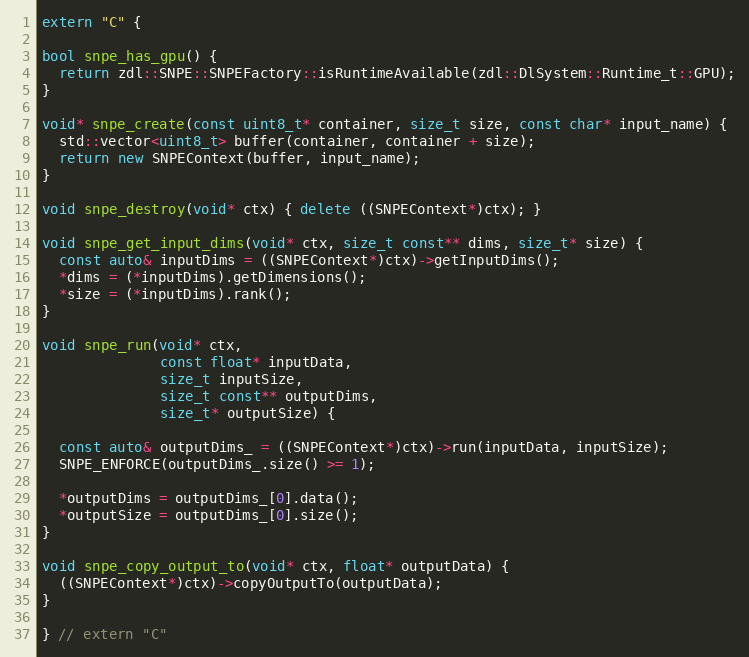
Language: C++
extern "C" {

bool snpe_has_gpu() {
  return zdl::SNPE::SNPEFactory::isRuntimeAvailable(zdl::DlSystem::Runtime_t::GPU);
}

void* snpe_create(const uint8_t* container, size_t size, const char* input_name) {
  std::vector<uint8_t> buffer(container, container + size);
  return new SNPEContext(buffer, input_name);
}

void snpe_destroy(void* ctx) { delete ((SNPEContext*)ctx); }

void snpe_get_input_dims(void* ctx, size_t const** dims, size_t* size) {
  const auto& inputDims = ((SNPEContext*)ctx)->getInputDims();
  *dims = (*inputDims).getDimensions();
  *size = (*inputDims).rank();
}

void snpe_run(void* ctx,
              const float* inputData,
              size_t inputSize,
              size_t const** outputDims,
              size_t* outputSize) {

  const auto& outputDims_ = ((SNPEContext*)ctx)->run(inputData, inputSize);
  SNPE_ENFORCE(outputDims_.size() >= 1);

  *outputDims = outputDims_[0].data();
  *outputSize = outputDims_[0].size();
}

void snpe_copy_output_to(void* ctx, float* outputData) {
  ((SNPEContext*)ctx)->copyOutputTo(outputData);
}

} // extern "C"